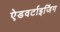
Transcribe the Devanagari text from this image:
ऐडवर्टाइजिंग